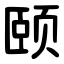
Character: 颐